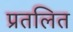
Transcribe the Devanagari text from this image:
प्रतलित